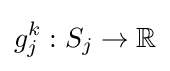
g_{j}^{k}:S_{j}\to \mathbb {R}